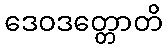
ဒေဝဒတ္တောတိ